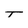
Character: T